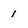
Character: 1